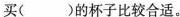
买( )的杯子比较合适。